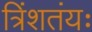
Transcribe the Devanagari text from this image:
त्रिंशतंयः